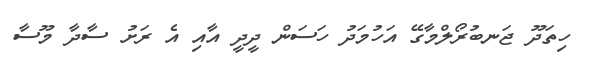
ހިތަދޫ ޖަނބުރޯލްމާގޭ އަހުމަދު ހަސަން ދީދީ އާއި އެ ރަށު ސާދާ މޫސާ